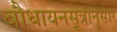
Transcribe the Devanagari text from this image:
बौधायनसूत्रानुसार